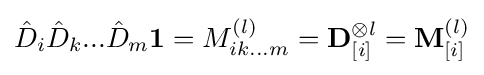
{\hat {D}}_{i}{\hat {D}}_{k}...{\hat {D}}_{m}\mathbf {1} =M_{ik...m}^{(l)}=\mathbf {D} _{[i]}^{\otimes l}=\mathbf {M} _{[i]}^{(l)}